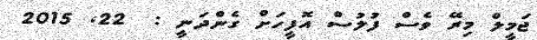
ޖަމީލް މިރޭ ވެސް ފުލުސް އޮފީހަށް ގެންދަނީ :  22